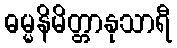
ဓမ္မနိမိတ္တာနုသာရီ